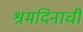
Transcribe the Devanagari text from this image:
श्रमदिनाची